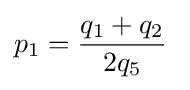
p_{1}={\frac {q_{1}+q_{2}}{2q_{5}}}\